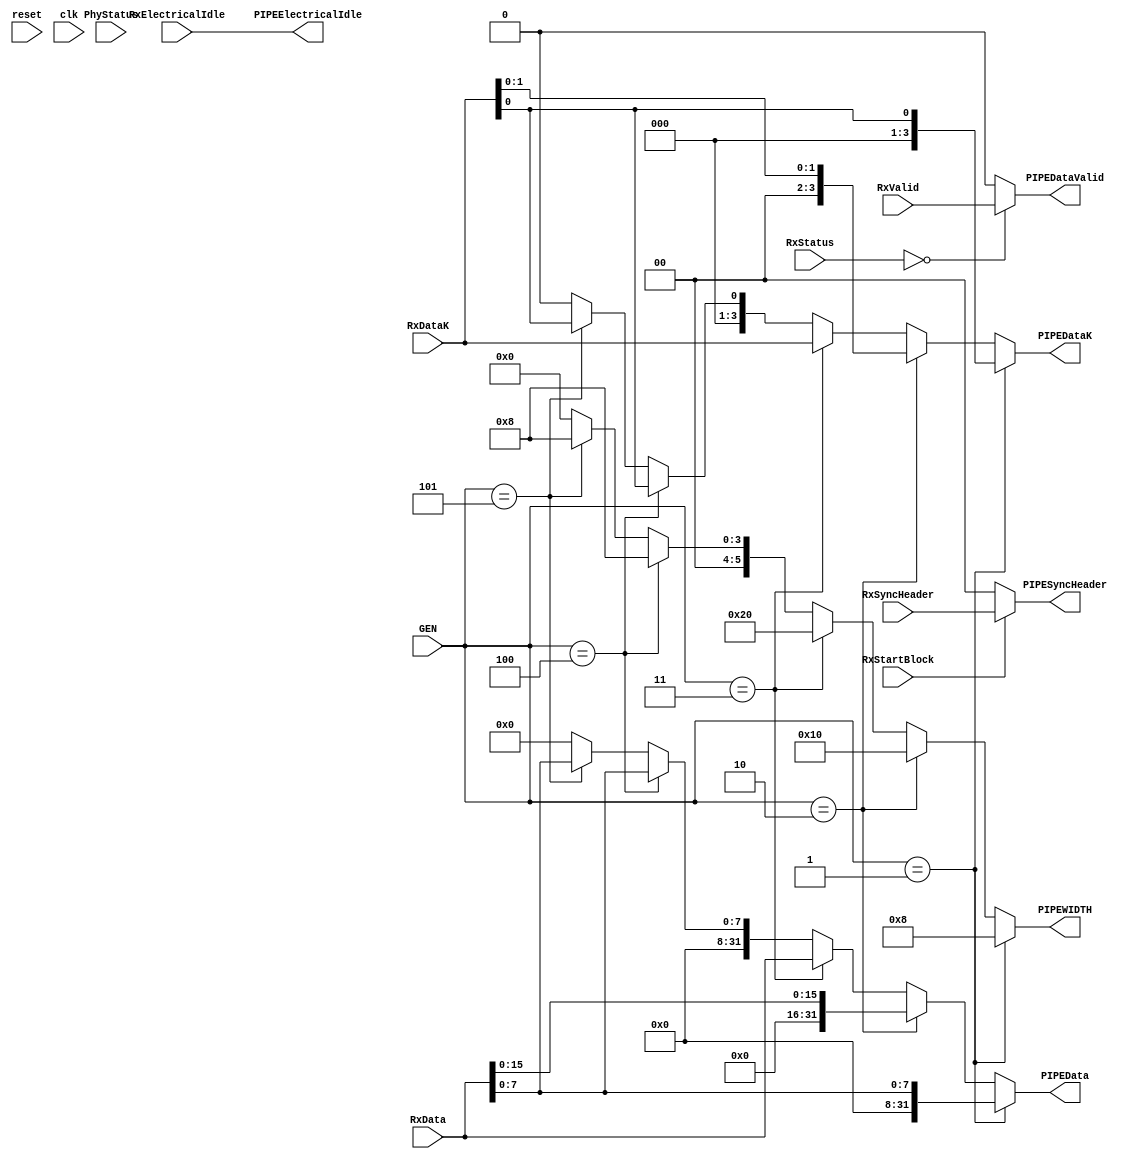
module PIPE_Rx_Data #(parameter GEN1_PIPEWIDTH = 8, parameter GEN2_PIPEWIDTH = 16, parameter GEN3_PIPEWIDTH = 32, parameter GEN4_PIPEWIDTH = 8,
					 parameter GEN5_PIPEWIDTH = 8)(input wire reset, input wire clk, input wire [2:0]GEN, input wire PhyStatus, input wire RxValid,
												input wire RxStartBlock, input wire [2:0]RxStatus, input wire [1:0]RxSyncHeader, input wire RxElectricalIdle,
												input wire [31:0]RxData, input wire [3:0]RxDataK, output wire [1:0]PIPESyncHeader, output [5:0]PIPEWIDTH,
												output wire PIPEElectricalIdle, output wire PIPEDataValid, output wire [31:0]PIPEData, output wire [3:0]PIPEDataK);
	
	reg  dataValid, dataValid_next;
	reg [1:0]syncHeader, syncHeader_next;
	reg [5:0] pipeWidth;
	reg [31:0] data, data_next;
	reg [3:0]dataK, dataK_next;
	always@(posedge clk or negedge reset)
	if(!reset)
	begin
		data <= 0;
		dataK <= 0;
		dataValid <= 0;
		syncHeader <= 0;
	end
	else 
	begin
		data <= data_next;
		dataK <= dataK_next;
		dataValid <= dataValid_next;
		syncHeader <= syncHeader_next;
	end

	always@*
		begin
		if(RxStatus == 0)
			dataValid_next = RxValid;
		else 
			dataValid_next = 0;

		if(RxStartBlock == 1)
			syncHeader_next = RxSyncHeader;
		else 
			syncHeader_next = 0;

		if(GEN == 1)
			begin
			data_next = RxData[GEN1_PIPEWIDTH-1:0];
			dataK_next = RxDataK[(GEN1_PIPEWIDTH/8)-1:0];
			pipeWidth = GEN1_PIPEWIDTH;
			end
		else if(GEN == 2)
			begin
			data_next = RxData[GEN2_PIPEWIDTH-1:0];
			dataK_next = RxDataK[(GEN2_PIPEWIDTH/8)-1:0];
			pipeWidth = GEN2_PIPEWIDTH;
			end
		else if(GEN == 3)
			begin
			data_next = RxData[GEN3_PIPEWIDTH-1:0];
			dataK_next = RxDataK[(GEN3_PIPEWIDTH/8)-1:0];
			pipeWidth = GEN3_PIPEWIDTH;
			end
		else if(GEN == 4)
			begin
			data_next = RxData[GEN4_PIPEWIDTH-1:0];
			dataK_next = RxDataK[(GEN4_PIPEWIDTH/8)-1:0];
			pipeWidth = GEN4_PIPEWIDTH;
			end
		else if(GEN == 5)
			begin
			data_next = RxData[GEN5_PIPEWIDTH-1:0];
			dataK_next = RxDataK[(GEN5_PIPEWIDTH/8)-1:0];
			pipeWidth = GEN5_PIPEWIDTH;
			end
		else 
			begin
			data_next = 0;
			dataK_next = 0;
			pipeWidth = 0;
			end
		end

	assign PIPEData = data_next;
	assign PIPEDataK = dataK_next;
	assign PIPEWIDTH = pipeWidth;
	assign PIPEDataValid = dataValid_next;
	assign PIPESyncHeader = syncHeader_next;
	assign PIPEElectricalIdle = RxElectricalIdle;

endmodule